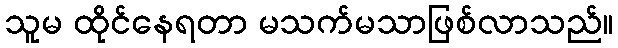
သူမ ထိုင်နေရတာ မသက်မသာဖြစ်လာသည်။